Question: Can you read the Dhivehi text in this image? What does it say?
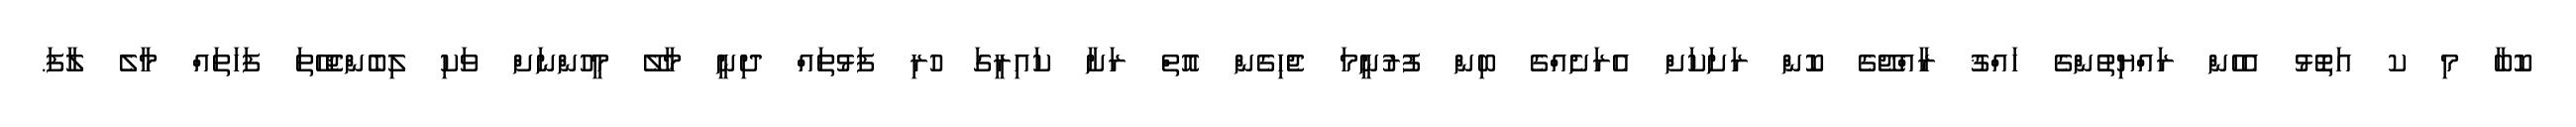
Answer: ކޮބާ މި ކ އަތޮޅު އެހެން ރައްޔިތުންގެ ހައްޤު ރާއްޖޭގެ ކޮން ރަށަކަށް އެރަށެއްގެ ބިން ފުރުނީމަ ޖެހިގެން އޮތް ރަށާ ކައިރީގަ ހުރި ފަޅުތައް ދިނީ މާލޭ މީހުންނަށް ވަކި ލިބެންޖެހޭތަ ފަހަތައް މާލެ ލާފަ.